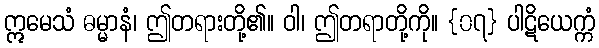
ဣမေသံ ဓမ္မာနံ၊ ဤတရားတို့၏။ ဝါ၊ ဤတရာတို့ကို။ {၀၇} ပါဋိယေက္ကံ